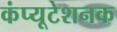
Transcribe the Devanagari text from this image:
कंप्यूटेशनक